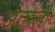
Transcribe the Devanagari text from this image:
अंतरली